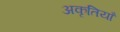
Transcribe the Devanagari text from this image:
अकृतियाँ